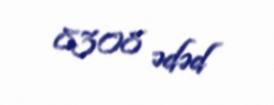
8308 ədəd